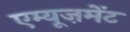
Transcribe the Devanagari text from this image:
एम्यूज़मेंट